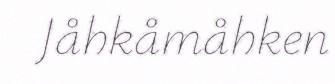
Jåhkåmåhken